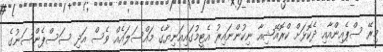
މިރޭ ސްޕެއިންއާއި ދެކޮޅަށް ކްރޮއޭޝިއާ ނިކުންނައިރު އެޓީމުގައިއަނިިޔާގެ މައްސަލައެއް ވެސް އަދި ސަސްޕެންސަނުގެ